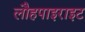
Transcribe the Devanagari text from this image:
लौहपाइराइट